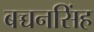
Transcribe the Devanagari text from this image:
बच्चनसिंह